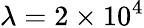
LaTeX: \lambda=2\times 10^{4}